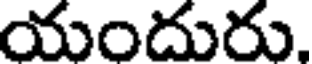
యందురు,